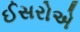
ઈસરોએ